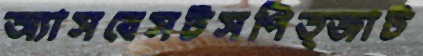
অ্যাসবেসটসপিত্জাট